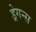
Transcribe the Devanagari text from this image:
ड्रेगन्स